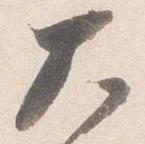
大